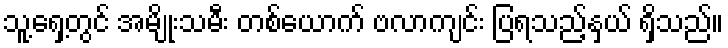
သူ့ရှေ့တွင် အမျိုးသမီး တစ်ယောက် ဗလာကျင်း ပြရသည့်နှယ် ရှိသည်။